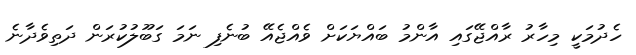
ހެދުމަކީ މިހާރު ރާއްޖޭގައި އާންމު ބައްޔަކަށް ވެއްޖެއޭ ބުނެފި ނަމަ ގަބޫލުކުރަން ދަތިވެދާނެ